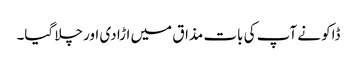
ڈاکو نے آپ کی بات مذاق میں اڑا دی اور چلا گیا۔